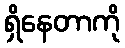
ရှိနေတာကို